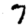
Digit: 7